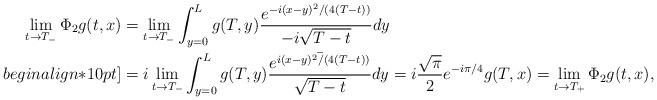
LaTeX: \begin{align*}\lim_{t\to T_{-}} \Phi_{2}g(t,x) & = \lim_{t\to T_{-}}\int_{y=0}^{L}g(T,y)\frac{e^{-i(x-y)^{2}/(4(T-t))}}{-i\sqrt{T-t}}dy\\begin{align*}10pt]& = i\lim_{t\to T_{-}}\int_{y=0}^{L}g(T,y)\frac{\bar{e^{i(x-y)^{2}/(4(T-t))}}}{\sqrt{T-t}}dy=i\frac{\sqrt{\pi}}{2}e^{-i\pi/4}g(T,x)=\lim_{t\to T_{+}}\Phi_{2}g(t,x),\end{align*}